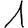
Digit: 1